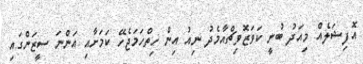
އޮފިޝަލެއް މިއަދު ބުނީ ކަވަޒޮވިޗްއާމެދު ނިއު އިން ހިތްހަމަޖެހޭ ކަމަށާއި އަންނަ ސީޒަންގައި